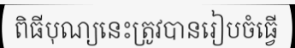
ពិធីបុណ្យនេះត្រូវបានរៀបចំធ្វើ